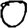
Digit: 0